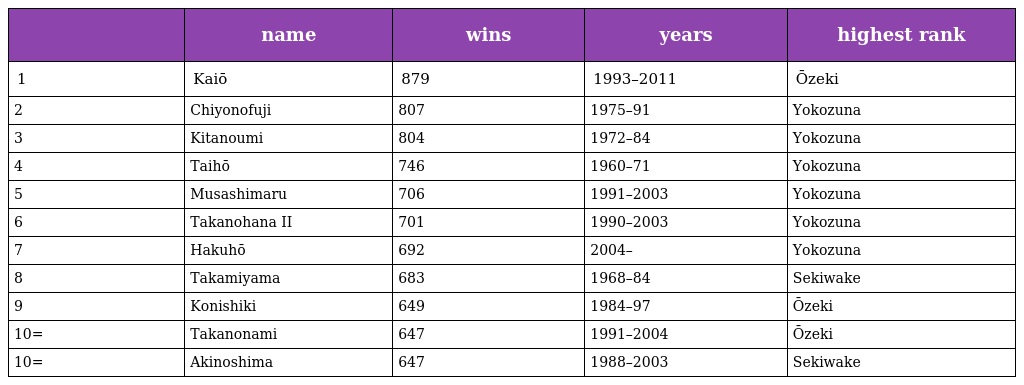
|  | name | wins | years | highest rank |
 | --- | --- | --- | --- | --- |
 | 1 | Kaiō | 879 | 1993–2011 | Ōzeki |
 | 2 | Chiyonofuji | 807 | 1975–91 | Yokozuna |
 | 3 | Kitanoumi | 804 | 1972–84 | Yokozuna |
 | 4 | Taihō | 746 | 1960–71 | Yokozuna |
 | 5 | Musashimaru | 706 | 1991–2003 | Yokozuna |
 | 6 | Takanohana II | 701 | 1990–2003 | Yokozuna |
 | 7 | Hakuhō | 692 | 2004– | Yokozuna |
 | 8 | Takamiyama | 683 | 1968–84 | Sekiwake |
 | 9 | Konishiki | 649 | 1984–97 | Ōzeki |
 | 10= | Takanonami | 647 | 1991–2004 | Ōzeki |
 | 10= | Akinoshima | 647 | 1988–2003 | Sekiwake |